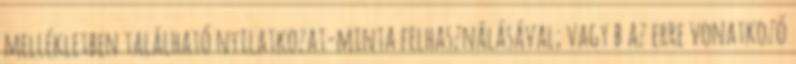
mellékletben található nyilatkozat-minta felhasználásával; vagy b az erre vonatkozó